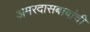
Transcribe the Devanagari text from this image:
अमरदासबाबांची